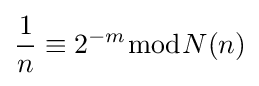
{\frac {1}{n}}\equiv 2^{-m}{\bmod {N}}(n)